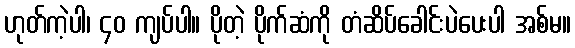
ဟုတ်ကဲ့ပါ၊ ၄၀ ကျပ်ပါ။ ပိုတဲ့ ပိုက်ဆံကို တံဆိပ်ခေါင်းပဲပေးပါ အစ်မ။